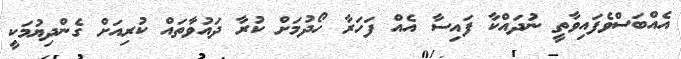
އެއްބަސްވެފައިވާތީ ނުދައްކާ ފައިސާ އެއް ފަހަރާ ހޯދުމަށް ކުރާ ދައުވާތައް ކުރިއަށް ގެންދިޔުމަކީ